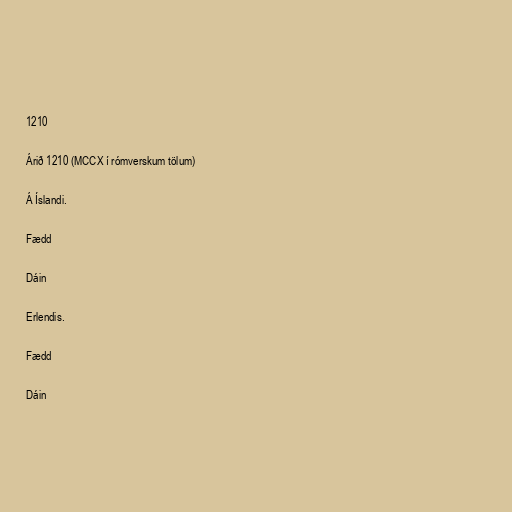
1210

Árið 1210 (MCCX í rómverskum tölum)

Á Íslandi.

Fædd

Dáin

Erlendis.

Fædd

Dáin